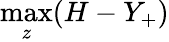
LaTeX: \operatorname*{max}_{z}(H-Y_{+})